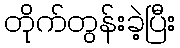
တိုက်တွန်းခဲ့ပြီး